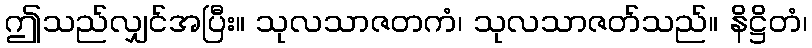
ဤသည်လျှင်အပြီး။ သုလသာဇတကံ၊ သုလသာဇတ်သည်။ နိဋ္ဌိတံ၊